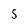
Character: s